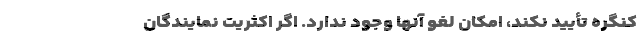
کنگره تأیید نکند، امکان لغو آنها وجود ندارد. اگر اکثریت نمایندگان